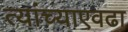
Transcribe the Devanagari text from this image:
त्यांच्याएवढा